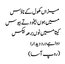
میزاں کھول کے ناؤس
میں ہوں بیخود تے بیوس
کیتا میں نوں برھہ بیکس
دوا ہے درد دیدارا
(روپ آسا)